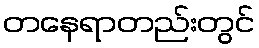
တနေရာတည်းတွင်